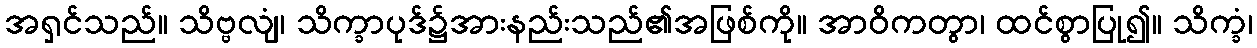
အရှင်သည်။ သိဗ္ဗလျံ၊ သိက္ခာပုဒ်၌အားနည်းသည်၏အဖြစ်ကို။ အာဝိကတွာ၊ ထင်စွာပြု၍။ သိက္ခံ၊